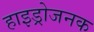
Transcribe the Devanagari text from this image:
हाइड्रोजनक